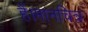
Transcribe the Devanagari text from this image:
हैं।मानचित्र